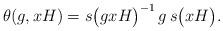
LaTeX: \begin{align*} \theta(g,xH)=s\big(gxH\big)^{-1}\, g \,s\big(xH\big).\end{align*}